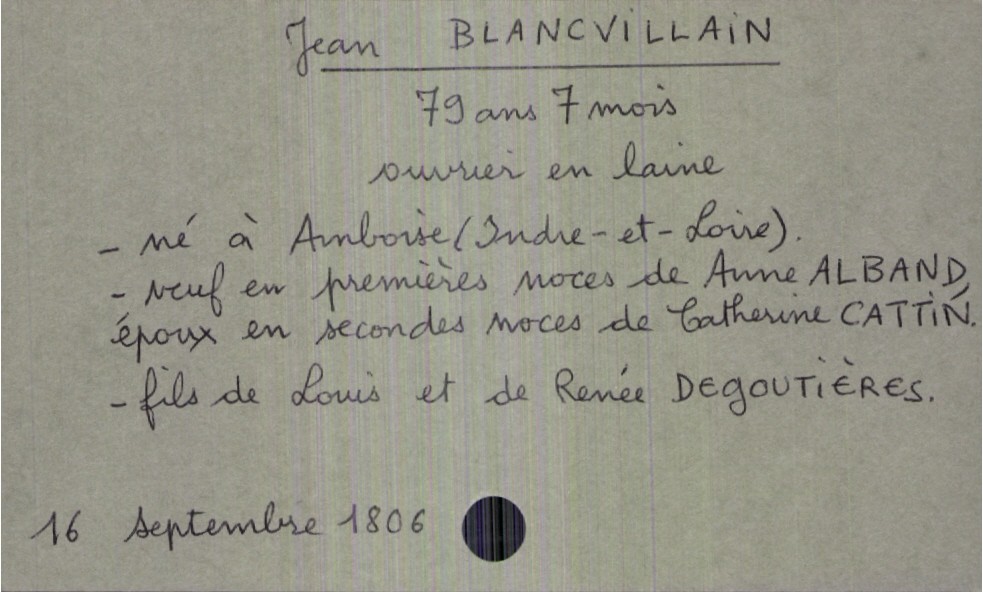
type_acte: Décès
année: 1806
mois: septembre
jour: 16
défunt_nom: Blancvillain
défunt_prénom: Jean
défunt_sexe: H
défunt_âge: 79 ans 7 mois
défunt_profession: ouvrier en laine
défunt_lieu_de_naissance: Amboise (Indre-et-Loire)
défunt_statut: veuf(ve)
père_défunt_nom: Blancvillain
père_défunt_prénom: Louis